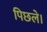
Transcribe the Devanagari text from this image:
पिछले।